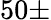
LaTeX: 50\pm